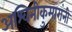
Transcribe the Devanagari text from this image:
अश्विनीकुमारांनी